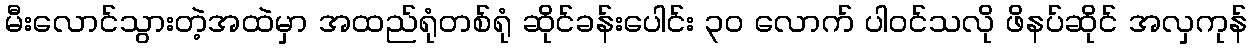
မီးလောင်သွားတဲ့အထဲမှာ အထည်ရုံတစ်ရုံ ဆိုင်ခန်းပေါင်း ၃၀ လောက် ပါဝင်သလို ဖိနပ်ဆိုင် အလှကုန်